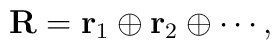
{\bf R}={\bf r}_1\oplus {\bf r}_2\oplus \cdots,